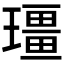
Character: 𪼡